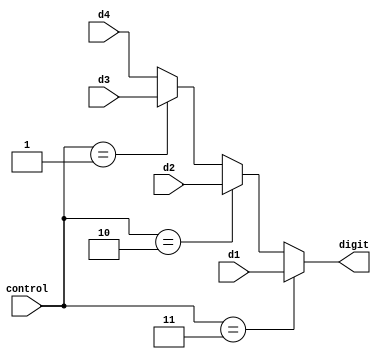
module digit_select(
		d1,
		d2,
		d3,
		d4,
		control,
		digit
);

// ==============================================================================
// 									   Port Declarations
// ==============================================================================

			input [3:0]  d1;
			input [3:0]  d2;
			input [3:0]  d3;
			input [3:0]  d4;
			input [1:0]  control;
			output [3:0] digit;  
   
// ==============================================================================
// 									    Implementation
// ==============================================================================

			// Assign digit to display on SSD cathodes
			assign digit = (control == 2'b11) ? d1 : 
								(control == 2'b10) ? d2 : 
								(control == 2'b01) ? d3 : 
								d4;
   
endmodule